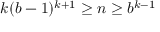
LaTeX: k ( b - 1 ) ^ { k + 1 } \geq n \geq b ^ { k - 1 }